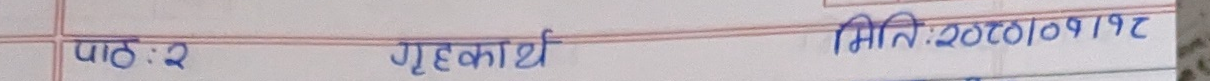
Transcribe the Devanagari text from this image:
पाठ : २ गृहकार्य                                                      मिति : २०८०।०१।१८